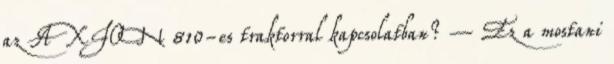
az AXION 810-es traktorral kapcsolatban? – Ez a mostani